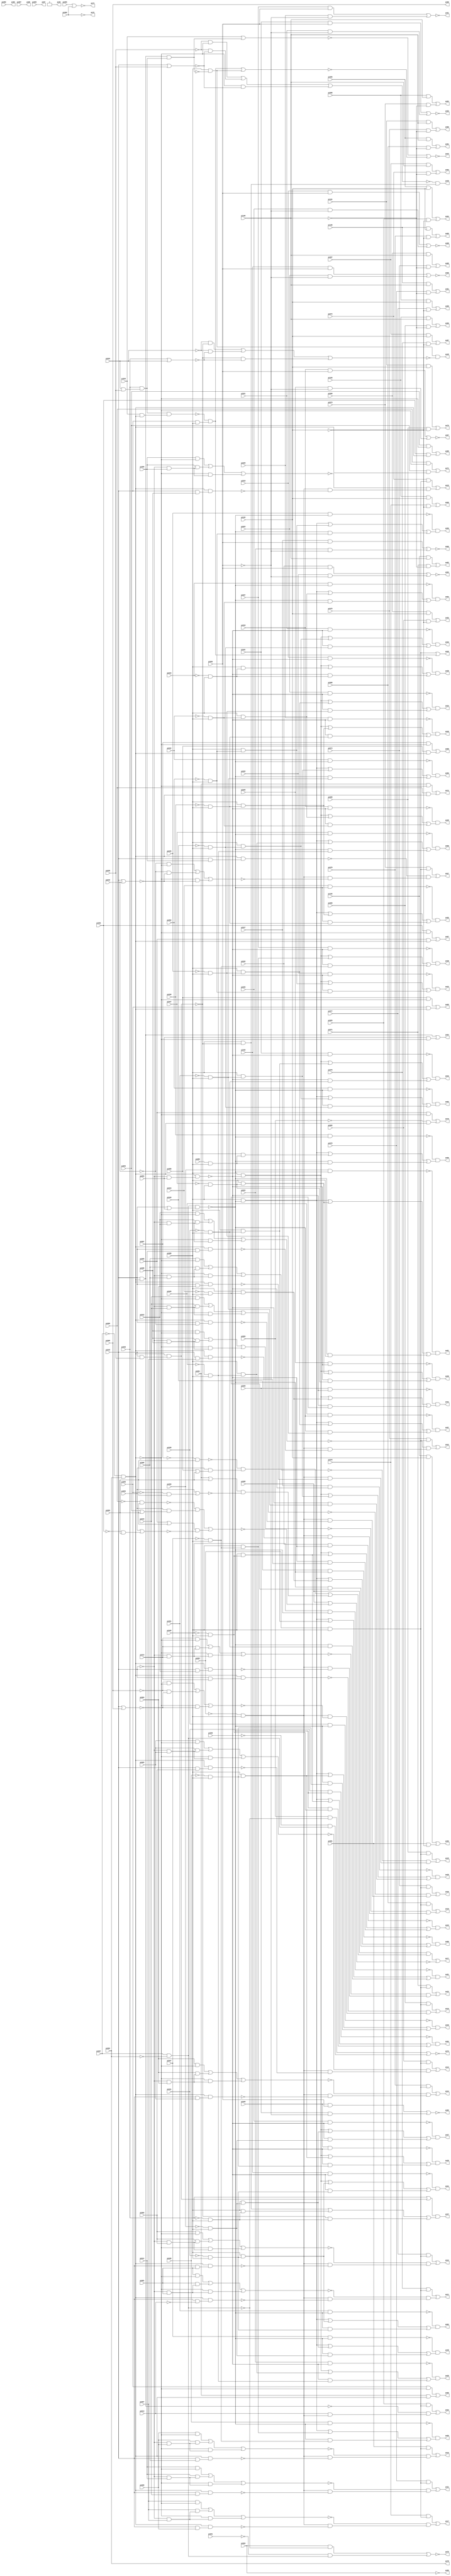
//Written by the Majority Logic Package Thu Apr 30 13:49:25 2015
module top (
            pi000, pi001, pi002, pi003, pi004, pi005, pi006, pi007, pi008, pi009, pi010, pi011, pi012, pi013, pi014, pi015, pi016, pi017, pi018, pi019, pi020, pi021, pi022, pi023, pi024, pi025, pi026, pi027, pi028, pi029, pi030, pi031, pi032, pi033, pi034, pi035, pi036, pi037, pi038, pi039, pi040, pi041, pi042, pi043, pi044, pi045, pi046, pi047, pi048, pi049, pi050, pi051, pi052, pi053, pi054, pi055, pi056, pi057, pi058, pi059, pi060, pi061, pi062, pi063, pi064, pi065, pi066, pi067, pi068, pi069, pi070, pi071, pi072, pi073, pi074, pi075, pi076, pi077, pi078, pi079, pi080, pi081, pi082, pi083, pi084, pi085, pi086, pi087, pi088, pi089, pi090, pi091, pi092, pi093, pi094, pi095, pi096, pi097, pi098, pi099, pi100, pi101, pi102, pi103, pi104, pi105, 
            po00, po01, po02, po03, po04, po05, po06, po07, po08, po09, po10, po11, po12, po13, po14, po15, po16, po17, po18, po19, po20, po21, po22, po23, po24, po25, po26, po27, po28, po29, po30, po31, po32, po33, po34, po35, po36, po37, po38, po39, po40, po41, po42, po43, po44, po45, po46, po47, po48, po49, po50, po51, po52, po53, po54, po55, po56, po57, po58, po59, po60, po61, po62, po63, po64, po65, po66, po67, po68, po69, po70, po71, po72, po73, po74, po75, po76, po77, po78, po79, po80, po81, po82, po83, po84, po85, po86, po87, po88, po89, po90, po91, po92, po93, po94, po95, po96, po97);
input pi000, pi001, pi002, pi003, pi004, pi005, pi006, pi007, pi008, pi009, pi010, pi011, pi012, pi013, pi014, pi015, pi016, pi017, pi018, pi019, pi020, pi021, pi022, pi023, pi024, pi025, pi026, pi027, pi028, pi029, pi030, pi031, pi032, pi033, pi034, pi035, pi036, pi037, pi038, pi039, pi040, pi041, pi042, pi043, pi044, pi045, pi046, pi047, pi048, pi049, pi050, pi051, pi052, pi053, pi054, pi055, pi056, pi057, pi058, pi059, pi060, pi061, pi062, pi063, pi064, pi065, pi066, pi067, pi068, pi069, pi070, pi071, pi072, pi073, pi074, pi075, pi076, pi077, pi078, pi079, pi080, pi081, pi082, pi083, pi084, pi085, pi086, pi087, pi088, pi089, pi090, pi091, pi092, pi093, pi094, pi095, pi096, pi097, pi098, pi099, pi100, pi101, pi102, pi103, pi104, pi105;
output po00, po01, po02, po03, po04, po05, po06, po07, po08, po09, po10, po11, po12, po13, po14, po15, po16, po17, po18, po19, po20, po21, po22, po23, po24, po25, po26, po27, po28, po29, po30, po31, po32, po33, po34, po35, po36, po37, po38, po39, po40, po41, po42, po43, po44, po45, po46, po47, po48, po49, po50, po51, po52, po53, po54, po55, po56, po57, po58, po59, po60, po61, po62, po63, po64, po65, po66, po67, po68, po69, po70, po71, po72, po73, po74, po75, po76, po77, po78, po79, po80, po81, po82, po83, po84, po85, po86, po87, po88, po89, po90, po91, po92, po93, po94, po95, po96, po97;
wire one, v0, v1, v2, v3, v4, v5, v6, v7, v8, v9, v10, v11, v12, v13, v14, v15, v16, v17, v18, v19, v20, v21, v22, v23, v24, v25, v26, v27, v28, v29, v30, v31, v32, v33, v34, v35, v36, v37, v38, v39, v40, v41, v42, v43, v44, v45, v46, v47, v48, v49, v50, v51, v52, v53, v54, v55, v56, v57, v58, v59, v60, v61, v62, v63, v64, v65, v66, v67, v68, v69, v70, v71,
w0, w1, w2, w3, w4, w5, w6, w7, w8, w9, w10, w11, w12, w13, w14, w15, w16, w17, w18, w19, w20, w21, w22, w23, w24, w25, w26, w27, w28, w29, w30, w31, w32, w33, w34, w35, w36, w37, w38, w39, w40, w41, w42, w43, w44, w45, w46, w47, w48, w49, w50, w51, w52, w53, w54, w55, w56, w57, w58, w59, w60, w61, w62, w63, w64, w65, w66, w67, w68, w69, w70, w71, w72, w73, w74, w75, w76, w77, w78, w79, w80, w81, w82, w83, w84, w85, w86, w87, w88, w89, w90, w91, w92, w93, w94, w95, w96, w97, w98, w99, w100, w101, w102, w103, w104, w105, w106, w107, w108, w109, w110, w111, w112, w113, w114, w115, w116, w117, w118, w119, w120, w121, w122, w123, w124, w125, w126, w127, w128, w129, w130, w131, w132, w133, w134, w135, w136, w137, w138, w139, w140, w141, w142, w143, w144, w145, w146, w147, w148, w149, w150, w151, w152, w153, w154, w155, w156, w157, w158, w159, w160, w161, w162, w163, w164, w165, w166, w167, w168, w169, w170, w171, w172, w173, w174, w175, w176, w177, w178, w179, w180, w181, w182, w183, w184, w185, w186, w187, w188, w189, w190, w191, w192, w193, w194, w195, w196, w197, w198, w199, w200, w201, w202, w203, w204, w205, w206, w207, w208, w209, w210, w211, w212, w213, w214, w215, w216, w217, w218, w219, w220, w221, w222, w223, w224, w225, w226, w227, w228, w229, w230, w231, w232, w233, w234, w235, w236, w237, w238, w239, w240, w241, w242, w243, w244, w245, w246, w247, w248, w249, w250, w251, w252, w253, w254, w255, w256, w257, w258, w259, w260, w261, w262, w263, w264, w265, w266, w267, w268, w269, w270, w271, w272, w273, w274, w275, w276, w277, w278, w279, w280, w281, w282, w283, w284, w285, w286, w287, w288, w289, w290, w291, w292, w293, w294, w295, w296, w297, w298, w299, w300, w301, w302, w303, w304, w305, w306, w307, w308, w309, w310, w311, w312, w313, w314, w315, w316, w317, w318, w319, w320, w321, w322, w323, w324, w325, w326, w327, w328, w329, w330, w331, w332, w333, w334, w335, w336, w337, w338, w339, w340, w341, w342, w343, w344, w345, w346, w347, w348, w349, w350, w351, w352, w353, w354, w355, w356, w357, w358, w359, w360, w361, w362, w363, w364, w365, w366, w367, w368, w369, w370, w371, w372, w373, w374, w375, w376, w377, w378, w379, w380, w381, w382, w383, w384, w385, w386, w387, w388, w389, w390, w391, w392, w393, w394, w395, w396;
assign w0 = pi026 & ~w179;
assign w1 = pi045 & ~w371;
assign w2 = (pi088 & ~w371) | (pi088 & w8) | (~w371 & w8);
assign v0 = ~(w177 | w258);
assign w3 = v0;
assign w4 = pi015 & pi010;
assign w5 = w95 & w337;
assign w6 = (pi088 & ~w371) | (pi088 & w348) | (~w371 & w348);
assign w7 = pi018 & ~w179;
assign w8 = pi085 & pi088;
assign w9 = ~w210 & w35;
assign w10 = pi015 & w95;
assign w11 = pi021 & ~pi092;
assign w12 = ~w216 & w291;
assign w13 = ~w39 & w228;
assign w14 = pi033 & w95;
assign v1 = ~(w164 | w310);
assign w15 = v1;
assign w16 = pi069 & w333;
assign w17 = ~pi041 & pi088;
assign v2 = ~(w234 | w393);
assign w18 = v2;
assign w19 = ~pi015 & pi011;
assign v3 = ~(w270 | w207);
assign w20 = v3;
assign w21 = ~w0 & w238;
assign w22 = pi044 & ~w371;
assign w23 = ~w189 & w332;
assign w24 = (pi088 & ~w179) | (pi088 & w348) | (~w179 & w348);
assign v4 = ~(w328 | w11);
assign w25 = v4;
assign w26 = ~w120 & w362;
assign v5 = ~(w10 | w53);
assign w27 = v5;
assign w28 = w184 & ~w285;
assign v6 = ~(w87 | w305);
assign w29 = v6;
assign w30 = pi079 & ~pi104;
assign w31 = pi075 & w333;
assign w32 = pi063 & ~w93;
assign w33 = w184 & ~w342;
assign v7 = ~(w80 | w274);
assign w34 = v7;
assign w35 = w184 & ~w75;
assign w36 = pi051 & ~w371;
assign w37 = w95 & w380;
assign v8 = ~(w52 | w255);
assign w38 = v8;
assign w39 = pi022 & ~w179;
assign w40 = (pi088 & ~w371) | (pi088 & w239) | (~w371 & w239);
assign v9 = ~(w77 | w73);
assign w41 = v9;
assign w42 = w184 & ~w344;
assign w43 = pi074 & w333;
assign w44 = pi046 & ~w371;
assign v10 = ~(pi094 | w187);
assign w45 = v10;
assign w46 = pi038 & ~w371;
assign w47 = ~w227 & w6;
assign v11 = ~(w60 | w292);
assign w48 = v11;
assign w49 = ~pi090 & w93;
assign w50 = pi040 & ~w371;
assign w51 = ~w193 & w257;
assign w52 = pi032 & pi092;
assign w53 = pi053 & ~w95;
assign w54 = w184 & ~w173;
assign w55 = (pi001 & ~w95) | (pi001 & w302) | (~w95 & w302);
assign v12 = ~(w31 | w51);
assign w56 = v12;
assign w57 = ~w195 & w79;
assign w58 = pi015 & pi013;
assign w59 = pi029 & ~w179;
assign w60 = pi083 & w333;
assign v13 = ~(pi059 | pi093);
assign w61 = v13;
assign w62 = pi100 & pi104;
assign w63 = pi064 & ~w93;
assign w64 = ~w272 & w54;
assign w65 = ~w209 & w91;
assign v14 = ~(w163 | w340);
assign w66 = v14;
assign w67 = pi097 & pi105;
assign w68 = pi078 & ~pi104;
assign w69 = ~pi047 & pi088;
assign w70 = w82 & w14;
assign w71 = ~w101 & w236;
assign w72 = pi015 & pi006;
assign w73 = pi083 & ~pi104;
assign w74 = (pi010 & ~w95) | (pi010 & w229) | (~w95 & w229);
assign w75 = w95 & w99;
assign w76 = pi095 & ~w138;
assign w77 = pi096 & pi104;
assign w78 = pi060 & ~w95;
assign w79 = (pi088 & ~w179) | (pi088 & w125) | (~w179 & w125);
assign w80 = pi103 & pi105;
assign w81 = pi021 & ~w179;
assign w82 = pi036 & w299;
assign w83 = pi015 & pi009;
assign w84 = pi037 & ~w371;
assign w85 = w95 & w277;
assign w86 = ~pi015 & pi007;
assign w87 = pi068 & w333;
assign w88 = pi082 & ~pi104;
assign w89 = (~pi034 & ~w37) | (~pi034 & w359) | (~w37 & w359);
assign w90 = (pi088 & ~w179) | (pi088 & w320) | (~w179 & w320);
assign w91 = w184 & ~w268;
assign w92 = pi015 & ~pi014;
assign w93 = pi067 & ~pi084;
assign w94 = ~pi060 & pi093;
assign w95 = ~pi067 & pi084;
assign w96 = pi019 & pi092;
assign w97 = (pi088 & ~w371) | (pi088 & w320) | (~w371 & w320);
assign w98 = (pi088 & ~w179) | (pi088 & w383) | (~w179 & w383);
assign w99 = pi015 & pi001;
assign w100 = pi094 & ~w200;
assign w101 = pi043 & ~w371;
assign w102 = ~w145 & w183;
assign w103 = (pi088 & ~w371) | (pi088 & w69) | (~w371 & w69);
assign w104 = ~pi037 & pi088;
assign v15 = ~(w160 | w106);
assign w105 = v15;
assign w106 = pi071 & ~pi105;
assign w107 = pi018 & pi092;
assign w108 = ~pi015 & pi005;
assign w109 = (~pi035 & ~w95) | (~pi035 & w226) | (~w95 & w226);
assign w110 = pi080 & ~pi105;
assign w111 = pi026 & ~pi092;
assign v16 = ~(w32 | w49);
assign w112 = v16;
assign v17 = ~(w346 | w364);
assign w113 = v17;
assign w114 = pi074 & ~pi105;
assign w115 = w95 & w341;
assign w116 = ~pi043 & pi088;
assign w117 = pi025 & ~pi092;
assign w118 = ~w186 & w347;
assign w119 = (pi088 & ~w179) | (pi088 & w288) | (~w179 & w288);
assign v18 = ~(pi061 | pi093);
assign w120 = v18;
assign w121 = ~pi015 & pi012;
assign w122 = pi041 & ~w371;
assign v19 = ~(w353 | w190);
assign w123 = v19;
assign w124 = w10 & w82;
assign w125 = ~pi038 & pi088;
assign w126 = pi072 & w333;
assign v20 = ~(w254 | w271);
assign w127 = v20;
assign v21 = ~(w339 | w335);
assign w128 = v21;
assign w129 = pi057 & ~w95;
assign w130 = pi052 & ~w371;
assign w131 = ~w55 & w28;
assign v22 = ~(w43 | w167);
assign w132 = v22;
assign w133 = ~w304 & w252;
assign w134 = ~pi015 & pi004;
assign v23 = ~(w202 | w208);
assign w135 = v23;
assign w136 = pi049 & ~w371;
assign w137 = ~w70 & w378;
assign v24 = ~(w263 | w26);
assign w138 = v24;
assign w139 = pi024 & ~w179;
assign w140 = pi054 & ~w95;
assign w141 = ~w46 & w97;
assign w142 = ~pi015 & pi006;
assign w143 = pi023 & ~pi092;
assign w144 = ~w223 & w369;
assign w145 = pi030 & ~w179;
assign w146 = (pi088 & ~w179) | (pi088 & w116) | (~w179 & w116);
assign v25 = ~(w67 | w249);
assign w147 = v25;
assign w148 = ~pi015 & pi003;
assign w149 = (pi088 & ~w179) | (pi088 & w354) | (~w179 & w354);
assign w150 = pi098 & pi104;
assign v26 = ~(w316 | w143);
assign w151 = v26;
assign w152 = ~w324 & w357;
assign v27 = ~(w205 | w375);
assign w153 = v27;
assign v28 = ~(w333 | w137);
assign w154 = v28;
assign v29 = ~(w232 | w30);
assign w155 = v29;
assign v30 = ~(pi095 | w222);
assign w156 = v30;
assign w157 = pi094 & ~w269;
assign w158 = ~pi046 & pi088;
assign w159 = pi099 & pi104;
assign w160 = pi102 & pi105;
assign w161 = w184 & ~w185;
assign w162 = pi015 & pi005;
assign w163 = pi078 & w333;
assign w164 = pi102 & pi104;
assign w165 = ~pi015 & pi009;
assign w166 = pi055 & ~w95;
assign w167 = ~w74 & w33;
assign w168 = (~pi000 & ~w95) | (~pi000 & w211) | (~w95 & w211);
assign v31 = ~(pi015 | pi053);
assign w169 = v31;
assign w170 = (pi088 & ~w371) | (pi088 & w17) | (~w371 & w17);
assign w171 = (pi004 & ~w95) | (pi004 & w134) | (~w95 & w134);
assign w172 = ~pi015 & pi002;
assign w173 = w95 & w162;
assign w174 = pi101 & pi104;
assign w175 = ~w130 & w181;
assign w176 = ~w7 & w149;
assign w177 = pi079 & w333;
assign w178 = (pi088 & ~w371) | (pi088 & w368) | (~w371 & w368);
assign w179 = w95 & w313;
assign w180 = ~w122 & w225;
assign w181 = (pi088 & ~w371) | (pi088 & w383) | (~w371 & w383);
assign w182 = pi054 & w95;
assign w183 = (pi088 & ~w179) | (pi088 & w17) | (~w179 & w17);
assign w184 = ~pi062 & pi088;
assign w185 = w95 & w323;
assign w186 = pi025 & ~w179;
assign w187 = ~pi056 & pi093;
assign v32 = ~(pi015 | pi016);
assign w188 = v32;
assign v33 = ~(pi036 | w37);
assign w189 = v33;
assign w190 = pi076 & ~pi104;
assign w191 = ~w373 & w301;
assign v34 = ~(w16 | w191);
assign w192 = v34;
assign w193 = (pi012 & ~w95) | (pi012 & w121) | (~w95 & w121);
assign w194 = (pi088 & ~w371) | (pi088 & w315) | (~w371 & w315);
assign w195 = pi031 & ~w179;
assign v35 = ~(w321 | w273);
assign w196 = v35;
assign v36 = ~(w338 | w199);
assign w197 = v36;
assign w198 = w184 & ~w240;
assign w199 = pi029 & ~pi092;
assign v37 = ~(pi054 | pi093);
assign w200 = v37;
assign w201 = w95 & w83;
assign w202 = pi058 & ~w95;
assign w203 = pi015 & pi008;
assign w204 = ~w336 & w24;
assign w205 = pi101 & pi105;
assign w206 = pi099 & pi105;
assign w207 = ~w201 & w352;
assign w208 = pi055 & w95;
assign w209 = (pi011 & ~w95) | (pi011 & w19) | (~w95 & w19);
assign w210 = (pi002 & ~w95) | (pi002 & w172) | (~w95 & w172);
assign v38 = ~(pi015 | pi000);
assign w211 = v38;
assign v39 = ~(w129 | w261);
assign w212 = v39;
assign v40 = ~(w126 | w267);
assign w213 = v40;
assign w214 = ~w94 & w100;
assign w215 = pi023 & ~w179;
assign w216 = (pi008 & ~w95) | (pi008 & w217) | (~w95 & w217);
assign w217 = ~pi015 & pi008;
assign w218 = ~pi063 & w95;
assign w219 = ~w44 & w367;
assign w220 = ~w382 & w327;
assign w221 = w95 & w298;
assign v41 = ~(w214 | w286);
assign w222 = v41;
assign w223 = pi020 & ~w179;
assign v42 = ~(w78 | w182);
assign w224 = v42;
assign w225 = (pi088 & ~w371) | (pi088 & w325) | (~w371 & w325);
assign v43 = ~(pi015 | pi035);
assign w226 = v43;
assign w227 = pi042 & ~w371;
assign w228 = (pi088 & ~w179) | (pi088 & w368) | (~w179 & w368);
assign w229 = ~pi015 & pi010;
assign w230 = w184 & ~w296;
assign w231 = pi056 & w95;
assign w232 = pi103 & pi104;
assign w233 = pi015 & ~pi016;
assign w234 = pi056 & ~w95;
assign w235 = pi071 & w333;
assign w236 = (pi088 & ~w371) | (pi088 & w354) | (~w371 & w354);
assign w237 = pi059 & ~w95;
assign w238 = (pi088 & ~w179) | (pi088 & w315) | (~w179 & w315);
assign w239 = ~pi039 & pi088;
assign w240 = w95 & w203;
assign w241 = w184 & ~w5;
assign w242 = ~pi091 & w93;
assign w243 = ~w59 & w303;
assign w244 = ~pi055 & pi093;
assign w245 = pi070 & w333;
assign v44 = ~(w379 | w64);
assign w246 = v44;
assign v45 = ~(w174 | w396);
assign w247 = v45;
assign w248 = pi060 & w95;
assign w249 = pi072 & ~pi105;
assign v46 = ~(w350 | w9);
assign w250 = v46;
assign w251 = (pi013 & ~w95) | (pi013 & w360) | (~w95 & w360);
assign w252 = (pi088 & ~w179) | (pi088 & w325) | (~w179 & w325);
assign w253 = ~w1 & w178;
assign w254 = pi017 & pi092;
assign w255 = pi022 & ~pi092;
assign v47 = ~(w96 | w111);
assign w256 = v47;
assign w257 = w184 & ~w85;
assign w258 = ~w295 & w42;
assign w259 = ~pi044 & pi088;
assign w260 = (pi088 & ~w371) | (pi088 & w104) | (~w371 & w104);
assign w261 = pi058 & w95;
assign w262 = (pi088 & ~w371) | (pi088 & w259) | (~w371 & w259);
assign w263 = ~w266 & w157;
assign v48 = ~(pi033 | w124);
assign w264 = v48;
assign v49 = ~(w150 | w281);
assign w265 = v49;
assign w266 = ~pi057 & pi093;
assign w267 = ~w343 & w198;
assign w268 = w95 & w4;
assign v50 = ~(pi058 | pi093);
assign w269 = v50;
assign w270 = pi073 & w333;
assign w271 = pi024 & ~pi092;
assign w272 = (pi006 & ~w95) | (pi006 & w142) | (~w95 & w142);
assign w273 = pi073 & ~pi105;
assign w274 = pi069 & ~pi105;
assign w275 = pi039 & ~w371;
assign w276 = ~pi036 & pi088;
assign w277 = pi015 & pi011;
assign w278 = ~w308 & w146;
assign v51 = ~(w140 | w231);
assign w279 = v51;
assign w280 = pi088 & ~w37;
assign w281 = pi077 & ~pi104;
assign w282 = ~w50 & w388;
assign w283 = pi015 & pi012;
assign w284 = ~w139 & w330;
assign w285 = w95 & w92;
assign w286 = ~w61 & w45;
assign w287 = ~w136 & w262;
assign w288 = ~pi045 & pi088;
assign w289 = pi082 & w333;
assign v52 = ~(w264 | w384);
assign w290 = v52;
assign w291 = w184 & ~w115;
assign w292 = ~w10 & w381;
assign v53 = ~(w289 | w152);
assign w293 = v53;
assign w294 = pi076 & w333;
assign w295 = (pi007 & ~w95) | (pi007 & w86) | (~w95 & w86);
assign w296 = w95 & w283;
assign w297 = pi061 & ~w95;
assign w298 = pi015 & pi002;
assign w299 = pi034 & pi035;
assign w300 = ~w36 & w170;
assign w301 = w184 & ~w168;
assign w302 = ~pi015 & pi001;
assign w303 = (pi088 & ~w179) | (pi088 & w239) | (~w179 & w239);
assign w304 = pi032 & ~w179;
assign w305 = ~w311 & w161;
assign w306 = pi048 & ~w371;
assign w307 = ~w275 & w2;
assign w308 = pi019 & ~w179;
assign v54 = ~(w366 | w12);
assign w309 = v54;
assign w310 = pi081 & ~pi104;
assign w311 = (pi005 & ~w95) | (pi005 & w108) | (~w95 & w108);
assign v55 = ~(w76 | w156);
assign w312 = v55;
assign w313 = ~pi015 & pi053;
assign w314 = ~w329 & w103;
assign w315 = ~pi050 & pi088;
assign w316 = pi030 & pi092;
assign v56 = ~(w63 | w242);
assign w317 = v56;
assign w318 = pi027 & ~w179;
assign v57 = ~(w159 | w88);
assign w319 = v57;
assign w320 = ~pi048 & pi088;
assign w321 = pi098 & pi105;
assign w322 = ~w251 & w230;
assign w323 = pi015 & pi004;
assign w324 = (pi003 & ~w95) | (pi003 & w148) | (~w95 & w148);
assign w325 = ~pi040 & pi088;
assign v58 = ~(w107 | w117);
assign w326 = v58;
assign w327 = (pi088 & ~w371) | (pi088 & w158) | (~w371 & w158);
assign w328 = pi031 & pi092;
assign w329 = pi050 & ~w371;
assign w330 = (pi088 & ~w179) | (pi088 & w158) | (~w179 & w158);
assign v59 = ~(w166 | w345);
assign w331 = v59;
assign w332 = (pi088 & ~w37) | (pi088 & w276) | (~w37 & w276);
assign w333 = pi062 & pi088;
assign w334 = w390 & ~w89;
assign w335 = pi020 & ~pi092;
assign w336 = pi017 & ~w179;
assign w337 = pi015 & pi003;
assign w338 = pi027 & pi092;
assign w339 = pi028 & pi092;
assign w340 = ~w171 & w241;
assign w341 = pi015 & pi007;
assign w342 = w95 & w233;
assign w343 = (pi009 & ~w95) | (pi009 & w165) | (~w95 & w165);
assign w344 = w95 & w72;
assign w345 = pi061 & w95;
assign w346 = pi100 & pi105;
assign w347 = (pi088 & ~w179) | (pi088 & w69) | (~w179 & w69);
assign w348 = ~pi051 & pi088;
assign w349 = (~pi016 & ~w95) | (~pi016 & w188) | (~w95 & w188);
assign w350 = pi077 & w333;
assign v60 = ~(w245 | w65);
assign w351 = v60;
assign w352 = w184 & ~w349;
assign w353 = pi097 & pi104;
assign w354 = ~pi042 & pi088;
assign w355 = pi096 & pi105;
assign v61 = ~(w235 | w322);
assign w356 = v61;
assign w357 = w184 & ~w221;
assign v62 = ~(w355 | w110);
assign w358 = v62;
assign v63 = ~(pi036 | pi034);
assign w359 = v63;
assign w360 = ~pi015 & pi013;
assign w361 = ~w318 & w392;
assign v64 = ~(pi094 | w244);
assign w362 = v64;
assign w363 = ~w81 & w98;
assign w364 = pi070 & ~pi105;
assign v65 = ~(w297 | w248);
assign w365 = v65;
assign w366 = pi080 & w333;
assign w367 = (pi088 & ~w371) | (pi088 & w288) | (~w371 & w288);
assign w368 = ~pi052 & pi088;
assign w369 = (pi088 & ~w179) | (pi088 & w259) | (~w179 & w259);
assign v66 = ~(w206 | w114);
assign w370 = v66;
assign w371 = w93 & ~w169;
assign w372 = ~w306 & w260;
assign w373 = w95 & w58;
assign w374 = ~w22 & w40;
assign w375 = pi075 & ~pi105;
assign v67 = ~(pi065 | pi066);
assign w376 = v67;
assign w377 = pi028 & ~w179;
assign w378 = pi015 & pi088;
assign w379 = pi081 & w333;
assign w380 = pi015 & pi035;
assign w381 = pi014 & w184;
assign w382 = pi047 & ~w371;
assign w383 = ~pi049 & pi088;
assign v68 = ~(w137 | w390);
assign w384 = v68;
assign v69 = ~(w294 | w131);
assign w385 = v69;
assign w386 = ~w215 & w119;
assign w387 = ~w109 & w280;
assign w388 = (pi088 & ~w371) | (pi088 & w125) | (~w371 & w125);
assign w389 = ~w84 & w194;
assign w390 = pi088 & ~w124;
assign v70 = ~(w237 | w218);
assign w391 = v70;
assign w392 = (pi088 & ~w179) | (pi088 & w104) | (~w179 & w104);
assign w393 = pi059 & w95;
assign w394 = ~w377 & w90;
assign v71 = ~(w62 | w68);
assign w395 = v71;
assign w396 = pi068 & ~pi104;
assign one = 1;
assign po00 = pi000;// level 0
assign po01 = w197;// level 2
assign po02 = w128;// level 2
assign po03 = w25;// level 2
assign po04 = w38;// level 2
assign po05 = w151;// level 2
assign po06 = w127;// level 2
assign po07 = w326;// level 2
assign po08 = w256;// level 2
assign po09 = pi087;// level 0
assign po10 = ~w192;// level 5
assign po11 = ~w385;// level 5
assign po12 = ~w250;// level 5
assign po13 = ~w293;// level 5
assign po14 = ~w66;// level 5
assign po15 = ~w29;// level 5
assign po16 = ~w246;// level 5
assign po17 = ~w3;// level 5
assign po18 = ~w309;// level 5
assign po19 = ~w213;// level 5
assign po20 = ~w132;// level 5
assign po21 = ~w351;// level 5
assign po22 = ~w56;// level 5
assign po23 = ~w356;// level 5
assign po24 = ~w48;// level 4
assign po25 = one;// level 0
assign po26 = ~w154;// level 5
assign po27 = ~w20;// level 5
assign po28 = w204;// level 4
assign po29 = w176;// level 4
assign po30 = w278;// level 4
assign po31 = w144;// level 4
assign po32 = w363;// level 4
assign po33 = w13;// level 4
assign po34 = w386;// level 4
assign po35 = w284;// level 4
assign po36 = w118;// level 4
assign po37 = w21;// level 4
assign po38 = w361;// level 4
assign po39 = w394;// level 4
assign po40 = w243;// level 4
assign po41 = w102;// level 4
assign po42 = w57;// level 4
assign po43 = w133;// level 4
assign po44 = w290;// level 6
assign po45 = w334;// level 5
assign po46 = w387;// level 4
assign po47 = w23;// level 4
assign po48 = w389;// level 4
assign po49 = w141;// level 4
assign po50 = w307;// level 4
assign po51 = w282;// level 4
assign po52 = w180;// level 4
assign po53 = w47;// level 4
assign po54 = w71;// level 4
assign po55 = w374;// level 4
assign po56 = w253;// level 4
assign po57 = w219;// level 4
assign po58 = w220;// level 4
assign po59 = w372;// level 4
assign po60 = w287;// level 4
assign po61 = w314;// level 4
assign po62 = w300;// level 4
assign po63 = w175;// level 4
assign po64 = ~w27;// level 3
assign po65 = ~w279;// level 3
assign po66 = ~w331;// level 3
assign po67 = ~w18;// level 3
assign po68 = ~w212;// level 3
assign po69 = ~w135;// level 3
assign po70 = ~w391;// level 3
assign po71 = ~w224;// level 3
assign po72 = ~w365;// level 3
assign po73 = w376;// level 1
assign po74 = w112;// level 3
assign po75 = w317;// level 3
assign po76 = ~pi066;// level 0
assign po77 = ~w312;// level 6
assign po78 = pi084;// level 0
assign po79 = ~w247;// level 2
assign po80 = ~w34;// level 2
assign po81 = ~w113;// level 2
assign po82 = ~w105;// level 2
assign po83 = ~w147;// level 2
assign po84 = ~w196;// level 2
assign po85 = ~w370;// level 2
assign po86 = ~w153;// level 2
assign po87 = ~w123;// level 2
assign po88 = ~w265;// level 2
assign po89 = ~w395;// level 2
assign po90 = ~w155;// level 2
assign po91 = ~w358;// level 2
assign po92 = ~w15;// level 2
assign po93 = ~w319;// level 2
assign po94 = ~w41;// level 2
assign po95 = pi086;// level 0
assign po96 = ~pi064;// level 0
assign po97 = pi089;// level 0
endmodule